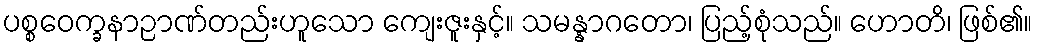
ပစ္စဝေက္ခနာဉာဏ်တည်းဟူသော ကျေးဇူးနှင့်။ သမန္နာဂတော၊ ပြည့်စုံသည်။ ဟောတိ၊ ဖြစ်၏။